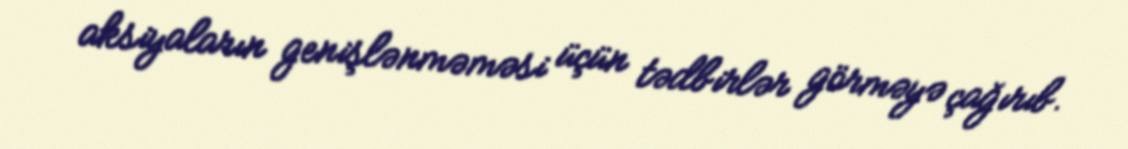
aksiyaların genişlənməməsi üçün tədbirlər görməyə çağırıb.